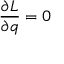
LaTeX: { \frac { \partial L } { \partial q } } = 0